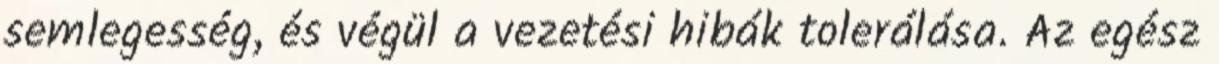
semlegesség, és végül a vezetési hibák tolerálása. Az egész